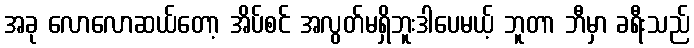
အခု လောလောဆယ်တော့ အိပ်စင် အလွတ်မရှိဘူးဒါပေမယ့် ဘူတာ ဘီမှာ ခရီးသည်